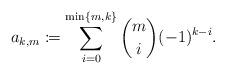
LaTeX: \begin{align*} a_{k,m}\coloneqq\sum_{i=0}^{\min\{m,k\}}\binom{m}{i}(-1)^{k-i}.\end{align*}